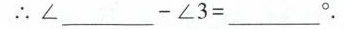
∴$$ ∠______-∠3=___ $$°